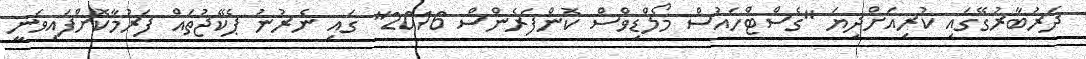
ދަރުބާރުގޭގައި ކުރިއަށްދިޔަ "ގެސްޓްހައުސް މޯލްޑިވްސް ކޮންފަރެންސް 2016" ގައި ނެރުނު ޕެކޭޖުތައް ފަރުމާކޮށްފައިވަނީ